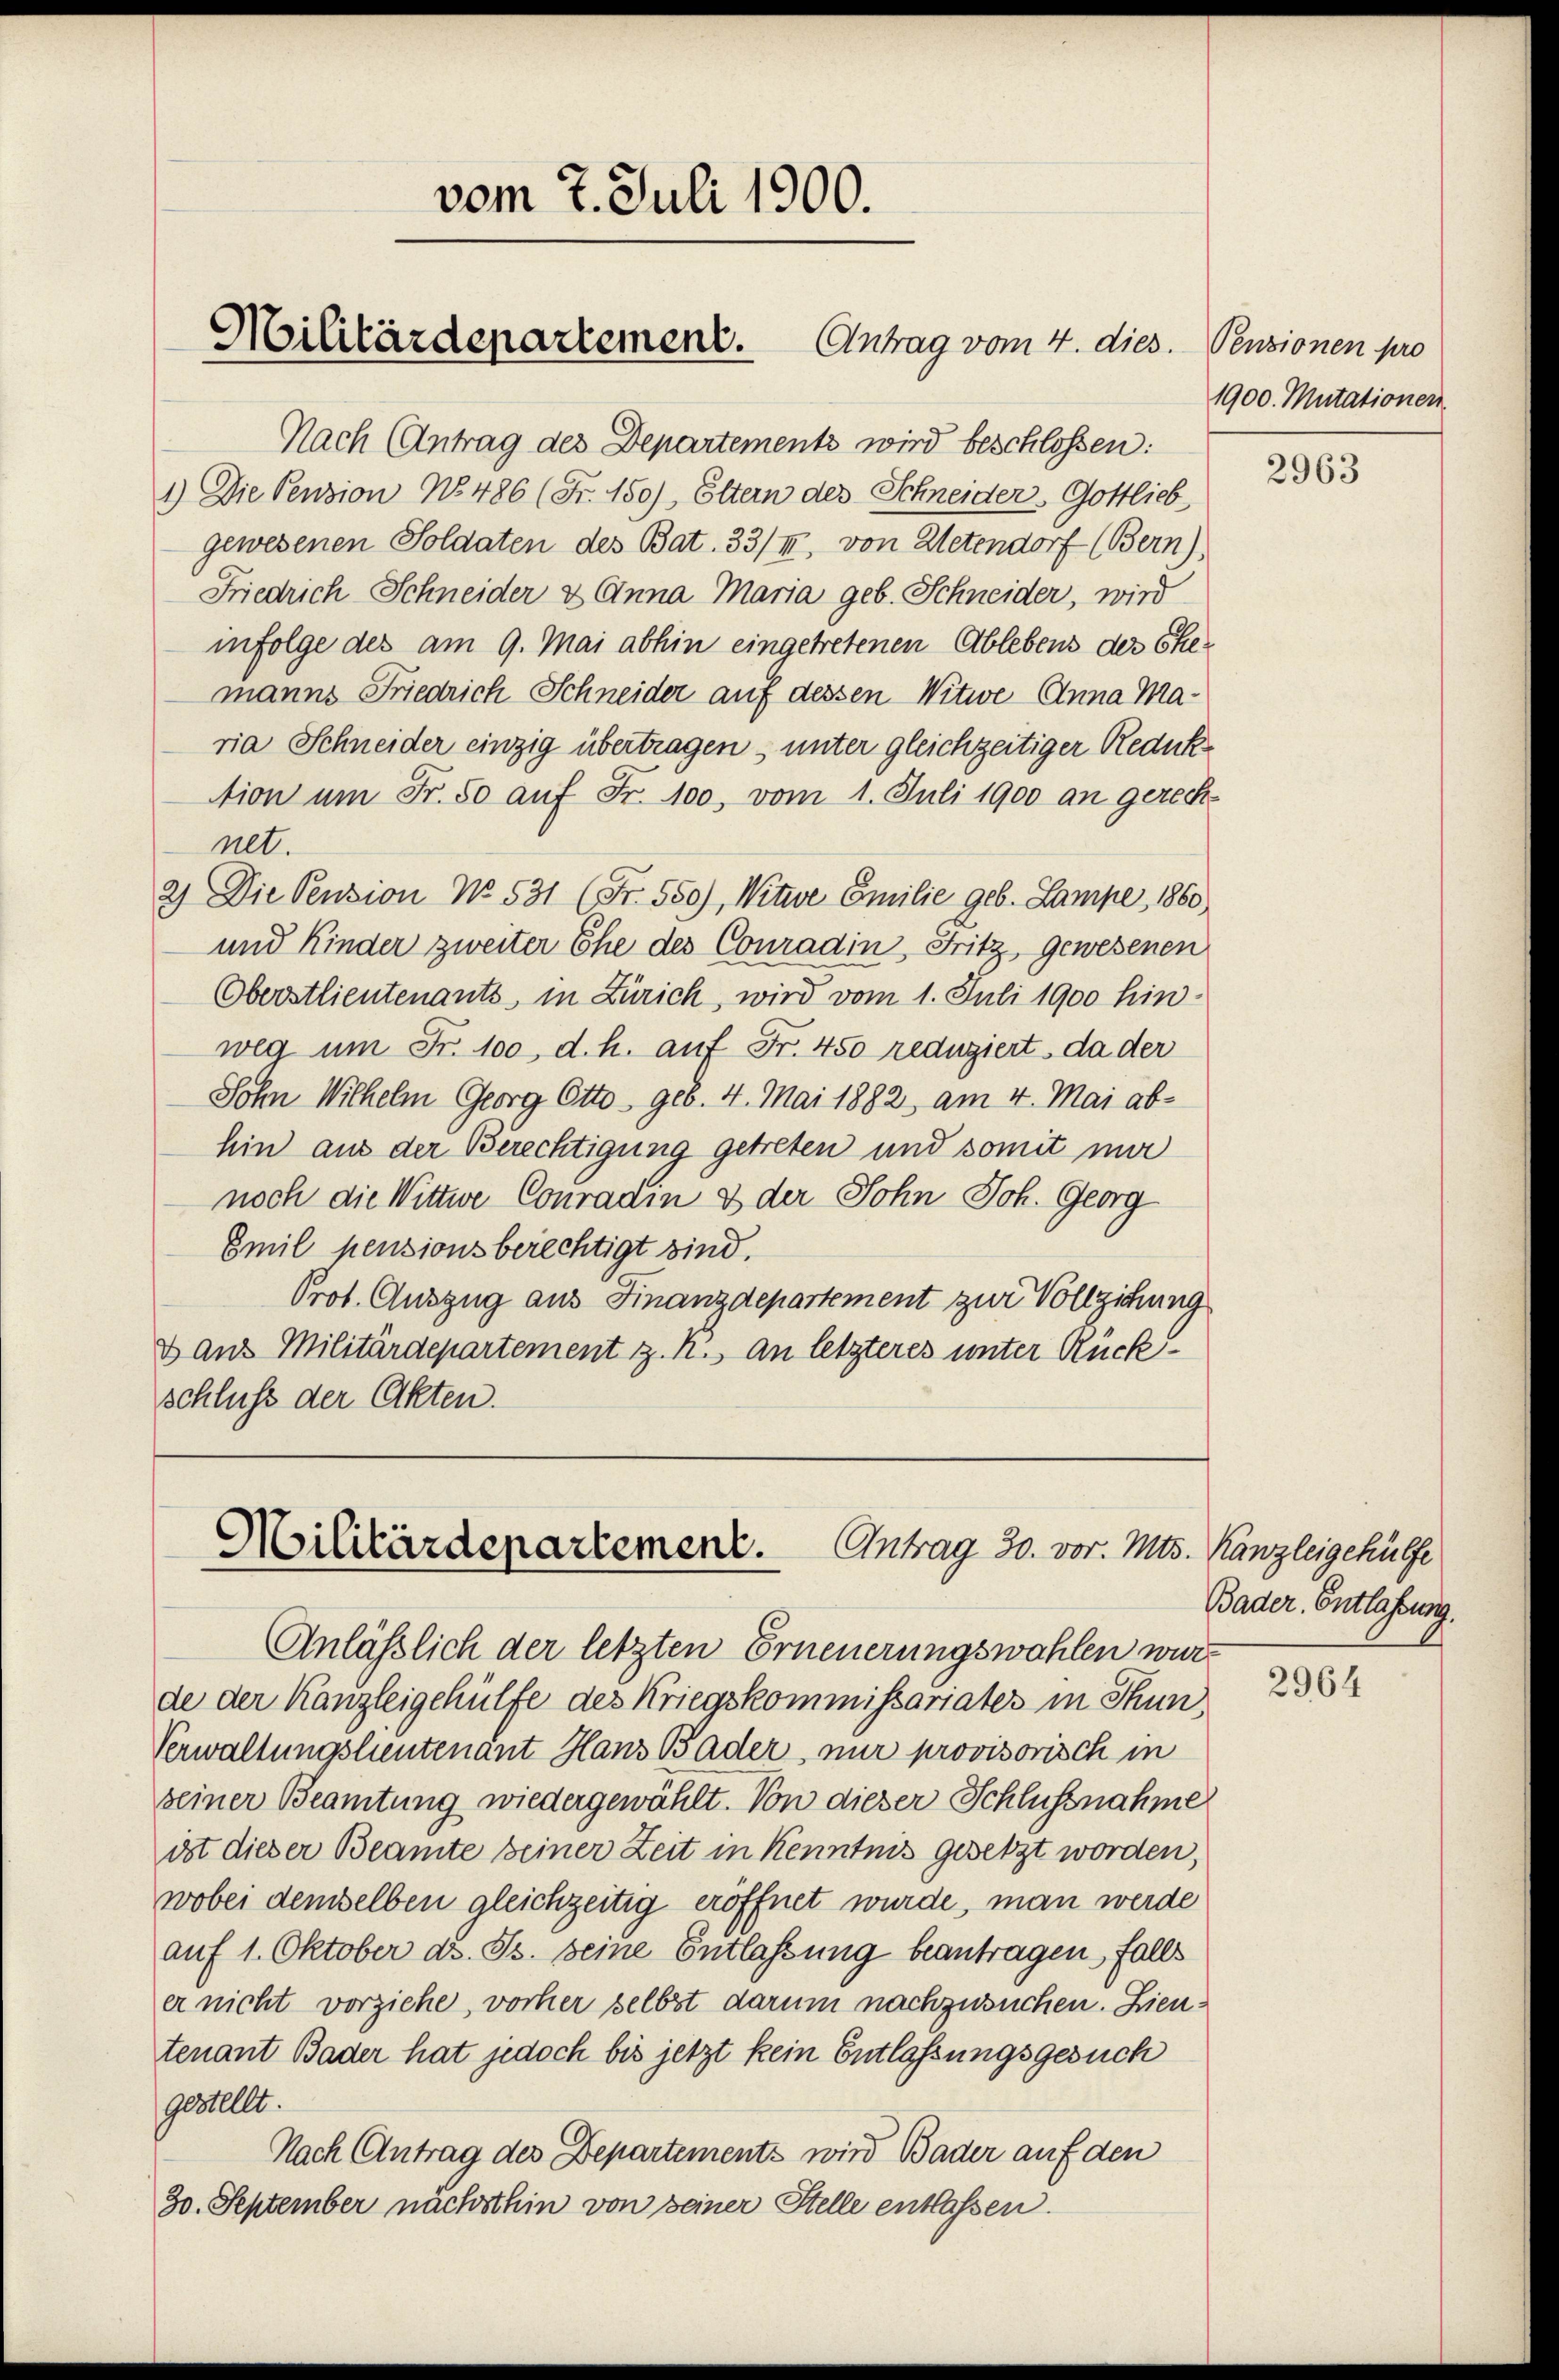
vom 7. Juli 1900.

Militärdepartement. Antrag vom 4. dies. Pensionen pro

Nach (Antrag des Departements wird beschlossen:
1.) Die Pension No. 486 (Fr. 150), Eltern des Schneider, Gottlieb,
gewesenen Soldaten des Bat. 33/I, von Metendorf (Bern).
Friedrich Schneider & Anna Maria geb. Schneider, wird
infolge des am 9. Mai abhin eingetretenen Ablebens des Ehemanns Friedrich Schneider auf dessen Witwe Anna Maria Schneider einzig übertragen, unter gleichzeitiger Reduk
tion um Fr. 50 auf Fr. 100, vom 1. Juli 1900 an gerechnet.
2) Die Pension No. 531 (Fr. 550), Witwe Emilie geb. Lampe, 1860
und Kinder zweiter Ehe des Conradin, Fritz gewesenen
Oberstlieutenants, in Zürich, wird vom 1. Juli 1900 hinweg um Fr. 100, d. h. auf Fr. 450 redugiert, da der
Sohn Wilhelm Georg Otto geb. 4. Mai 1882, am 4. Mai abhin aus der Berechtigung getreten und somit mir
noch die Wittwe Conraain & der Sohn Joh. Georg
Emil pensionsberechtigt sind.
Prot. Auszug aus Finanzdepartement zur Vollziehung
Dans Militärdepartement z. K. an letzteres unter Rückschluss der Akten.

Militärdepartement.
Antrag 30. vor. Mts. Kanzleigehülfe

Anlässlich der letzten Erneuerungswahlen wurd
de der Kanzleigehülfe des Kriegskommissariates in Thun,
Verwaltungsleutenant Hans Bader, nur provisorisch in
seiner Beamtung wiedergewählte. Von dieser Schlussnahme
ist dieser Beamte seiner Zeit in Kenntnis gesetzt worden,
wobei demselben gleichzeitig eröffnet wurde, man werde
auf 1. Oktober d. Js. seine Entlassung beantragen, falls
er nicht vorziehe, vorher selbst darum nachzusuchen. Dientenant Bader hat jedoch bis jetzt kein Entlassungsgesuch
gestellt.
Nach Antrag des Departements wird Bader auf den
30. September nachsthin von seiner Stelle entlassen.

1900. Mutationen

2963

Bader. Entlassung.

2964